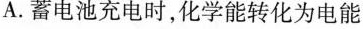
A.蓄电池充电时，化学能转化为电能